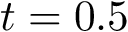
t = 0 . 5